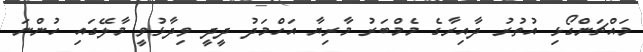
މައްޗަންގޯޅި އުތުރު ދާއިރާގެ މެމްބަރު މާރިޔާ އަހްމަދު ދީދީ ވިދާޅުވީ މާލޭގައި ހުންނަ